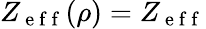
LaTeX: Z_{\mathrm{~e~f~f~}}(\rho)=Z_{\mathrm{~e~f~f~}}